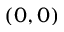
( 0 , 0 )